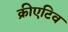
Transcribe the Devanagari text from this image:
क्रीएटिव